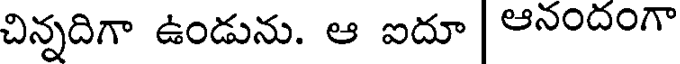
చిన్నదిగా ఉండును. ఆ ఐదూ ఆనందంగా